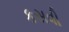
કસવી